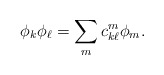
\begin{align*}\phi_k\phi_\ell=\sum_m c_{k\ell}^m \phi_m.\end{align*}